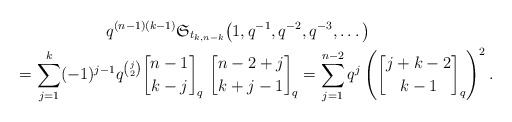
\begin{gather*}q^{(n-1)(k-1)} \mathfrak{S}_{t_{k,n-k}}\big(1,q^{-1},q^{-2},q^{-3},\ldots\big)\\\qquad{}= \sum_{j=1}^{k} (-1)^{j-1} q^{{j \choose 2}} {n-1 \brack k-j }_{q}~{n -2+j\brack k+j-1}_{q} =\sum_{j=1}^{n-2} q^{j} \left( {j+k-2 \brack k-1}_{q}\right)^{2}.\end{gather*}